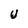
Character: U